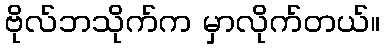
ဗိုလ်ဘသိုက်က မှာလိုက်တယ်။